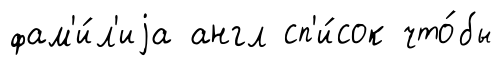
фам'и́л'иjа англ сп'и́сок что́бы